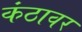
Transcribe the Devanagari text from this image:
कंठावर